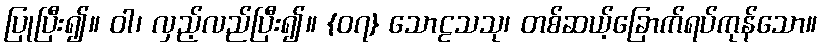
ပြုပြီး၍။ ဝါ၊ လှည့်လည်ပြီး၍။ {၀၇} သောဠသသု၊ တစ်ဆယ့်ခြောက်ရပ်ကုန်သော။